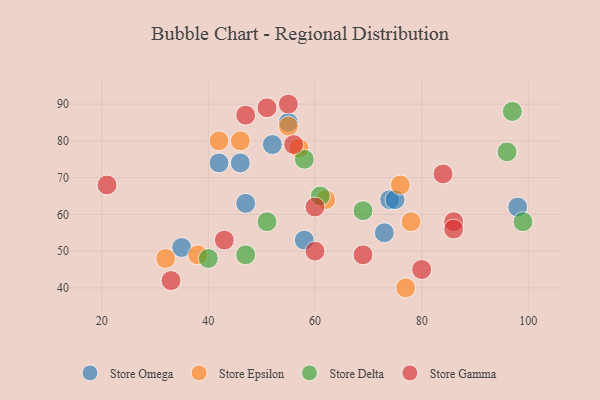
{"axis": {"x": "GDP", "y": "Life Expectancy"}, "legend": ["Store Delta", "Store Epsilon", "Store Gamma", "Store Omega"], "data": [{"x": "42", "y": 74, "type": "Store Omega"}, {"x": "55", "y": 85, "type": "Store Omega"}, {"x": "47", "y": 63, "type": "Store Omega"}, {"x": "74", "y": 64, "type": "Store Omega"}, {"x": "35", "y": 51, "type": "Store Omega"}, {"x": "58", "y": 53, "type": "Store Omega"}, {"x": "73", "y": 55, "type": "Store Omega"}, {"x": "98", "y": 62, "type": "Store Omega"}, {"x": "75", "y": 64, "type": "Store Omega"}, {"x": "52", "y": 79, "type": "Store Omega"}, {"x": "46", "y": 74, "type": "Store Omega"}, {"x": "77", "y": 40, "type": "Store Epsilon"}, {"x": "55", "y": 84, "type": "Store Epsilon"}, {"x": "42", "y": 80, "type": "Store Epsilon"}, {"x": "62", "y": 64, "type": "Store Epsilon"}, {"x": "57", "y": 78, "type": "Store Epsilon"}, {"x": "78", "y": 58, "type": "Store Epsilon"}, {"x": "46", "y": 80, "type": "Store Epsilon"}, {"x": "38", "y": 49, "type": "Store Epsilon"}, {"x": "32", "y": 48, "type": "Store Epsilon"}, {"x": "76", "y": 68, "type": "Store Epsilon"}, {"x": "47", "y": 49, "type": "Store Delta"}, {"x": "97", "y": 88, "type": "Store Delta"}, {"x": "61", "y": 65, "type": "Store Delta"}, {"x": "69", "y": 61, "type": "Store Delta"}, {"x": "58", "y": 75, "type": "Store Delta"}, {"x": "40", "y": 48, "type": "Store Delta"}, {"x": "51", "y": 58, "type": "Store Delta"}, {"x": "99", "y": 58, "type": "Store Delta"}, {"x": "96", "y": 77, "type": "Store Delta"}, {"x": "47", "y": 87, "type": "Store Gamma"}, {"x": "80", "y": 45, "type": "Store Gamma"}, {"x": "69", "y": 49, "type": "Store Gamma"}, {"x": "86", "y": 58, "type": "Store Gamma"}, {"x": "55", "y": 90, "type": "Store Gamma"}, {"x": "84", "y": 71, "type": "Store Gamma"}, {"x": "86", "y": 56, "type": "Store Gamma"}, {"x": "33", "y": 42, "type": "Store Gamma"}, {"x": "56", "y": 79, "type": "Store Gamma"}, {"x": "43", "y": 53, "type": "Store Gamma"}, {"x": "60", "y": 62, "type": "Store Gamma"}, {"x": "51", "y": 89, "type": "Store Gamma"}, {"x": "21", "y": 68, "type": "Store Gamma"}, {"x": "60", "y": 50, "type": "Store Gamma"}]}